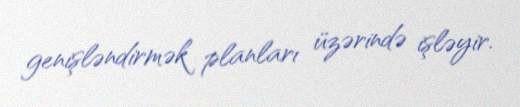
genişləndirmək planları üzərində işləyir.